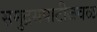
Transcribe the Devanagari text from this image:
समुद्रसपाटीजवळ